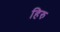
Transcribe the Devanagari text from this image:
हिरु